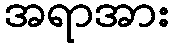
အရာအား